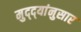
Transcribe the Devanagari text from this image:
मुद्‌द्‌यांनुसार